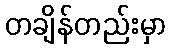
တချိန်တည်းမှာ